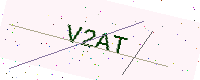
Text: V2AT